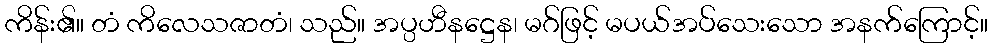
ကိန်း၏။ တံ ကိလေသဇာတံ၊ သည်။ အပ္ပဟီနဋ္ဌေန၊ မဂ်ဖြင့် မပယ်အပ်သေးသော အနက်ကြောင့်။